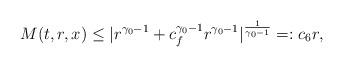
LaTeX: \begin{align*} M(t,r,x)\leq |r^{\gamma_0 - 1} + c_f^{\gamma_0 - 1} r^{\gamma_0 - 1} | ^{\frac{1}{\gamma_0 - 1}}=: c_6 r,\end{align*}